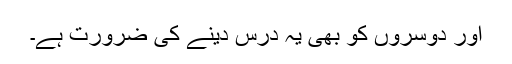
اور دوسروں کو بھی یہ درس دینے کی ضرورت ہے۔